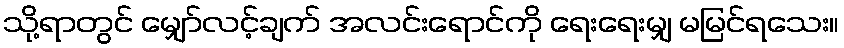
သို့ရာတွင် မျှော်လင့်ချက် အလင်းရောင်ကို ရေးရေးမျှ မမြင်ရသေး။